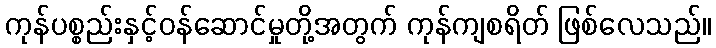
ကုန်ပစ္စည်းနှင့်ဝန်ဆောင်မှုတို့အတွက် ကုန်ကျစရိတ် ဖြစ်လေသည်။